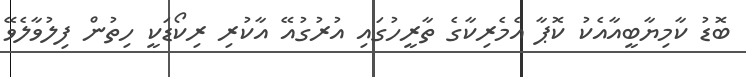
ބޮޑު ކާމިޔާބީއާއެކު ކޮޕާ އެމެރިކާގެ ތާރީހުގައި އުރުގުއޭ އާކުރި ރިކޯޑަކީ ހިތުން ފިލުވާލެވޭ